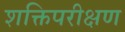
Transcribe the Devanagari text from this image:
शक्तिपरीक्षण